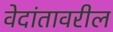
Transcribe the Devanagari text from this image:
वेदांतावरील